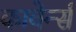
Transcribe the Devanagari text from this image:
कावेर्न्स